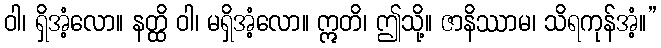
ဝါ၊ ရှိအံ့လော။ နတ္ထိ ဝါ၊ မရှိအံ့လော။ ဣတိ၊ ဤသို့။ ဇာနိဿာမ၊ သိရကုန်အံ့။”